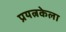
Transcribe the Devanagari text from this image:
प्रयत्नकेला